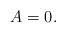
LaTeX: \begin{align*}A=0.\end{align*}